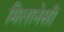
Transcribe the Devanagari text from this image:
मिलानेसी